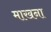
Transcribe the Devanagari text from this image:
माखना